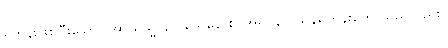
ရဟန်းဖြစ်ပြီးသော။ အာယသ္မာနာဂသေနောစ၊ အရှင်နာဂသိန်ရဟန်းတော်သည်လည်း။